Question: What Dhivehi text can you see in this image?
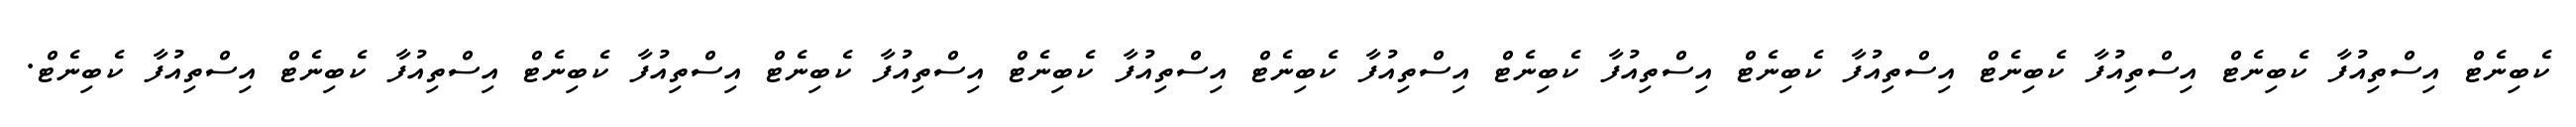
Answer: ކެބިނެޓް އިސްތިއުފާ ކެބިނެޓް އިސްތިއުފާ ކެބިނެޓް އިސްތިއުފާ ކެބިނެޓް އިސްތިއުފާ ކެބިނެޓް އިސްތިއުފާ ކެބިނެޓް އިސްތިއުފާ ކެބިނެޓް އިސްތިއުފާ ކެބިނެޓް އިސްތިއުފާ ކެބިނެޓް އިސްތިއުފާ ކެބިނެޓް އިސްތިއުފާ ކެބިނެޓް.